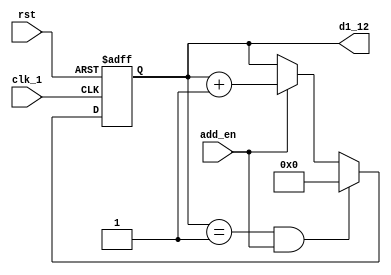
`timescale 1ns / 1ps
//////////////////////////////////////////////////////////////////////////////////
// Company: 
// Engineer: 
// 
// Design Name: 
// Module Name: counter_d1
// Project Name: 
// Target Devices: 
// Tool Versions: 
// Description: 
// 
// Dependencies: 
// 
// Revision:
// Revision 0.01 - File Created
// Additional Comments:
// 
//////////////////////////////////////////////////////////////////////////////////


module counter12_d1(
    clk_1,
    rst,
    add_en,
    d1_12
    );
    input clk_1;
    input rst;
    input add_en;
    output reg [3:0] d1_12;
    reg [3:0] d1_12_tmp;
    
    always@( posedge clk_1 or posedge rst)
        if(rst)
            d1_12 <= 4'b0000;
        else
            d1_12 <= d1_12_tmp;
            
    always@( d1_12 or add_en )
        if( (d1_12 == 4'd1) && add_en )
            d1_12_tmp <= 4'd0;
        else if( add_en )
            d1_12_tmp <= d1_12 + 1'b1;
        else
            d1_12_tmp <= d1_12;
    
    
endmodule